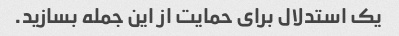
یک استدلال برای حمایت از این جمله بسازید.